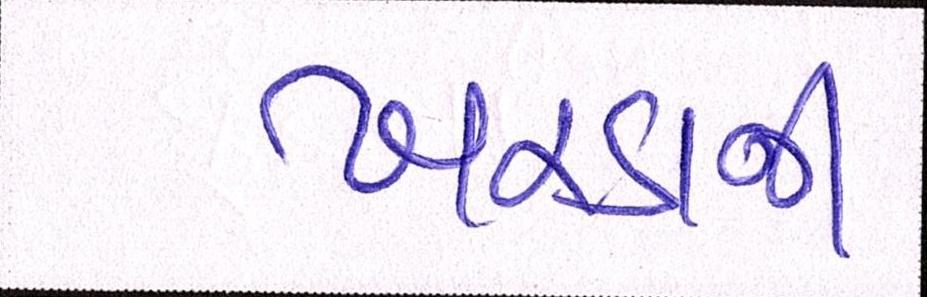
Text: ખરડાની